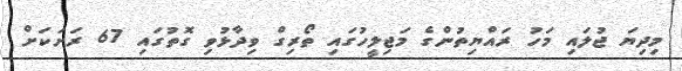
މިދިޔަ ޖުލައި މަހު ރައްޔިތުންގެ މަޖިލީހުގައި ތޯރިގް ވިދާޅުވި ގޮތުގައި 67 ރަށަކަށް